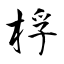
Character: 桴